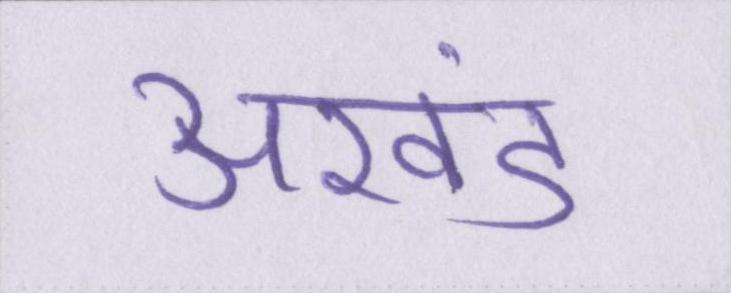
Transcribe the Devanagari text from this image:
अखंड